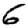
Digit: 6